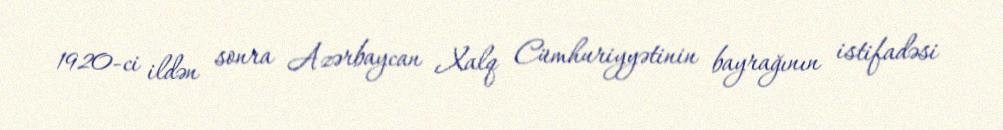
1920-ci ildən sonra Azərbaycan Xalq Cümhuriyyətinin bayrağının istifadəsi